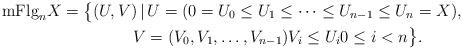
LaTeX: \begin{gather*}\mathrm{mFlg}_nX= \bigl\{(U,V) \, | \, U = (0=U_0\le U_1\le \dots \le U_{n-1}\le U_n=X ), \\\hphantom{\mathrm{mFlg}_nX= \bigl\{}{} V = (V_0, V_1, \dots, V_{n-1} ) V_i\le U_i 0\le i < n \bigr\} .\end{gather*}